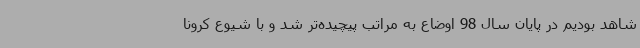
شاهد بودیم در پایان سال 98 اوضاع به مراتب پیچیده‌تر شد و با شیوع کرونا